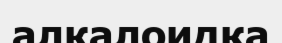
алкалоидқа